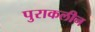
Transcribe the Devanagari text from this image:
पुराकलीन